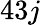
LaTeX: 43j